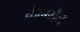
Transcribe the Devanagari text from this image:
केलमैन